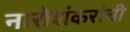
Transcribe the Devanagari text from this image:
नारोशंकरांची